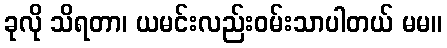
ခုလို သိရတာ၊ ယမင်းလည်းဝမ်းသာပါတယ် မမ။